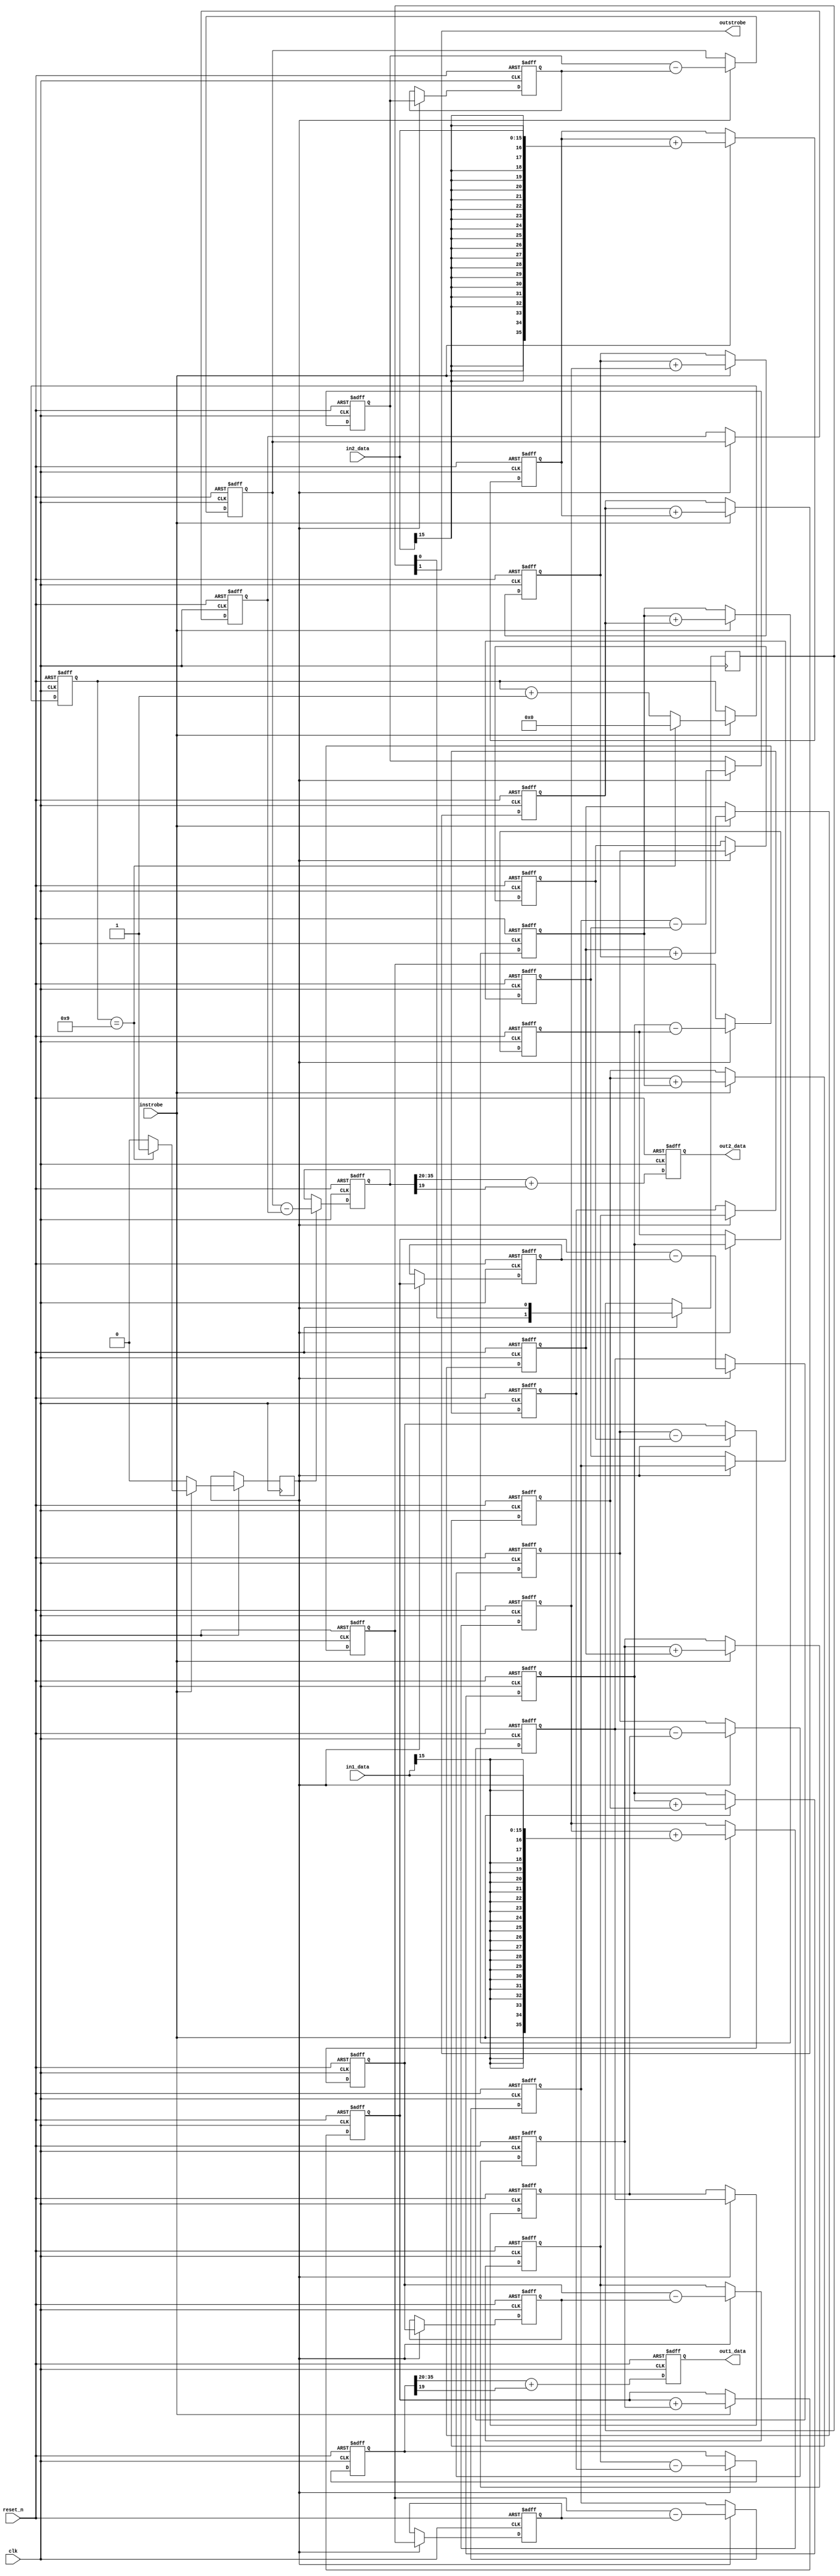
// z_cic.v
//
// Project: Medium Wave (500 kHz - 1700 kHz) Receiver, SDR Demonstration
// Copyright 2012, Zephyr Engineering, Inc., All rights reserved.
//
// Description: Implements a generic dual-channel CIC filter with the number
// of stages and decimation rate specified by input parameters.
//
// Written by: Charles Mesarosh & Steve Kalandros
//
// Revision 0.1 - May 27, 2012  C.M. Initial release
// Revision 0.2 - July 26, 2012 S.K. Use FOR loops to make configurable
// Revision 0.3 - Aug. 20, 2012 S.K. Make dual-channel
// -----------------------------------------------------------------------------------------------------

// ---- Module I/O -------------------------------------------------------------------------------------
module z_cic
#(
    parameter IN_SIZE  = 16,                           // Input data width
    parameter OUT_SIZE = 16,                           // Output data width
    parameter N_STAGES = 5,                            // Number of stages
    parameter DEC_RATE = 10                            // Decimation rate
) (
    input    wire  clk,                                // System clock
    input    wire  reset_n,                            // System reset
    input    wire  instrobe,                           // Input sample valid strobe
    input    wire  signed [IN_SIZE-1:0] in1_data,      // Channel 1 input sample
    input    wire  signed [IN_SIZE-1:0] in2_data,      // Channel 2 input sample
    output   wire  outstrobe,                          // Output sample valid strobe
    output   reg   signed [OUT_SIZE-1:0] out1_data,    // Channel 1 output sample
    output   reg   signed [OUT_SIZE-1:0] out2_data     // Channel 2 output sample
);
// -----------------------------------------------------------------------------------------------------


// ---- Function Definitions ---------------------------------------------------------------------------
// Function to calculate ceiling of Log base 2 of a value.
function integer clog_b2;
    input [31:0] value;
    integer tmp;
    begin
        tmp = value - 1;        
        for (clog_b2 = 0; tmp > 0; clog_b2 = clog_b2 + 1) tmp = tmp >> 1;
    end
endfunction
// -----------------------------------------------------------------------------------------------------


// ---- User Parameters --------------------------------------------------------------------------------
// Derive internal parameters from input parameters using the Log2 function.
// -----------------------------------------------------------------------------------------------------
localparam CNTR_SIZE = clog_b2(DEC_RATE);              // Size of sample decimation counter
localparam ACC_SIZE  = IN_SIZE + (N_STAGES*CNTR_SIZE); // Width of integration accumulators
// -----------------------------------------------------------------------------------------------------


// ---- Module Control ---------------------------------------------------------------------------------
reg [CNTR_SIZE-1:0] sample_count;                      // Sample decimation counter
reg combstrobe;                                        // Strobe for activating comb stages
reg [1:0] del_strobe;                                  // Pipelined comb strobe to match latency

// Generate internal strobe for every DEC_RATE input strobes.
always @(posedge clk or negedge reset_n) begin
    if (!reset_n) begin
        sample_count <= {(CNTR_SIZE){1'b0}};
    end
    else begin
        del_strobe <= {del_strobe[0] , combstrobe};
        if (instrobe) begin
            if (sample_count == DEC_RATE - 1) begin
                sample_count <= {(CNTR_SIZE){1'b0}};
                combstrobe <= 1'b1;
            end
            else begin
                sample_count <= sample_count + 1'b1;
                combstrobe <= 1'b0;
            end
        end
        else begin
            combstrobe <= 1'b0;
        end
    end
end
// -----------------------------------------------------------------------------------------------------


// ---- Integrator Stages ------------------------------------------------------------------------------
reg signed [ACC_SIZE-1:0] integ1 [N_STAGES-1:0];       // Array of integrators for channel 1
reg signed [ACC_SIZE-1:0] integ2 [N_STAGES-1:0];       // Array of integrators for channel 2
integer i;                                             // FOR loop variable

// For each integration stage, integrate the value of the previous stage. The
// first stage integrates the input data.
always @(posedge clk or negedge reset_n) begin
    if (!reset_n) begin
        for (i = 0; i < N_STAGES; i = i + 1) begin
            integ1[i] <= 0;
            integ2[i] <= 0;
        end
    end
    else begin
        if (instrobe) begin
            integ1[0]       <= integ1[0] + {{(ACC_SIZE-IN_SIZE){in1_data[IN_SIZE-1]}},in1_data};
            integ2[0]       <= integ2[0] + {{(ACC_SIZE-IN_SIZE){in2_data[IN_SIZE-1]}},in2_data};
            for (i = 1; i < N_STAGES; i = i + 1) begin
                integ1[i]   <= integ1[i] + integ1[i-1];
                integ2[i]   <= integ2[i] + integ2[i-1];
            end
        end
    end
end
// -----------------------------------------------------------------------------------------------------


// ---- Comb Stages ------------------------------------------------------------------------------------
reg signed [ACC_SIZE-1:0] comb1 [N_STAGES-1:0];        // Array of comb stages for channel 1
reg signed [ACC_SIZE-1:0] comb1q [N_STAGES-1:0];       // Array of delayed comb values for channel 1
reg signed [ACC_SIZE-1:0] comb2 [N_STAGES-1:0];        // Array of comb stages for channel 2
reg signed [ACC_SIZE-1:0] comb2q [N_STAGES-1:0];       // Array of delayed comb values for channel 2
integer j;                                             // FOR loop variable

// For each comb stage, subtract the previous value of the previous stage from
// the current value of the previous stage. The first stage subtracts from the
// value of the final integration stage.
always @(posedge clk or negedge reset_n) begin
    if (!reset_n) begin
        for (j = 0; j < N_STAGES; j = j + 1) begin
            comb1[j]  <= 0;
            comb1q[j] <= 0;
            comb2[j]  <= 0;
            comb2q[j] <= 0;
        end
    end
    else begin
        if (combstrobe) begin
            comb1[0]       <= integ1[N_STAGES-1] - comb1q[0];
            comb1q[0]      <= integ1[N_STAGES-1];
            comb2[0]       <= integ2[N_STAGES-1] - comb2q[0];
            comb2q[0]      <= integ2[N_STAGES-1];
            for (j = 1; j < N_STAGES; j = j + 1) begin
                comb1[j]   <= comb1[j-1] - comb1q[j];
                comb1q[j]  <= comb1[j-1];
                comb2[j]   <= comb2[j-1] - comb2q[j];
                comb2q[j]  <= comb2[j-1];
            end
        end
    end
end
// -----------------------------------------------------------------------------------------------------

// ---- Output -----------------------------------------------------------------------------------------
// Assign final element of delayed comb strobe as the output strobe.
assign outstrobe = del_strobe[1];

// Round off LSBs of final comb output to get filter output.
always @(posedge clk or negedge reset_n) begin
    if (!reset_n) begin
        out1_data <= 0;
        out2_data <= 0;
    end
    else begin
        out1_data <= comb1[N_STAGES-1][ACC_SIZE-1:ACC_SIZE-OUT_SIZE] +
                     comb1[N_STAGES-1][ACC_SIZE-OUT_SIZE-1];
        out2_data <= comb2[N_STAGES-1][ACC_SIZE-1:ACC_SIZE-OUT_SIZE] +
                     comb2[N_STAGES-1][ACC_SIZE-OUT_SIZE-1];
    end
end
// -----------------------------------------------------------------------------------------------------

endmodule